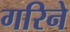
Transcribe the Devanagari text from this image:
गरिने